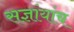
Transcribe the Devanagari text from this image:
सज्ञांयांच